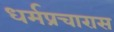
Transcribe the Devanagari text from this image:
धर्मप्रचारास